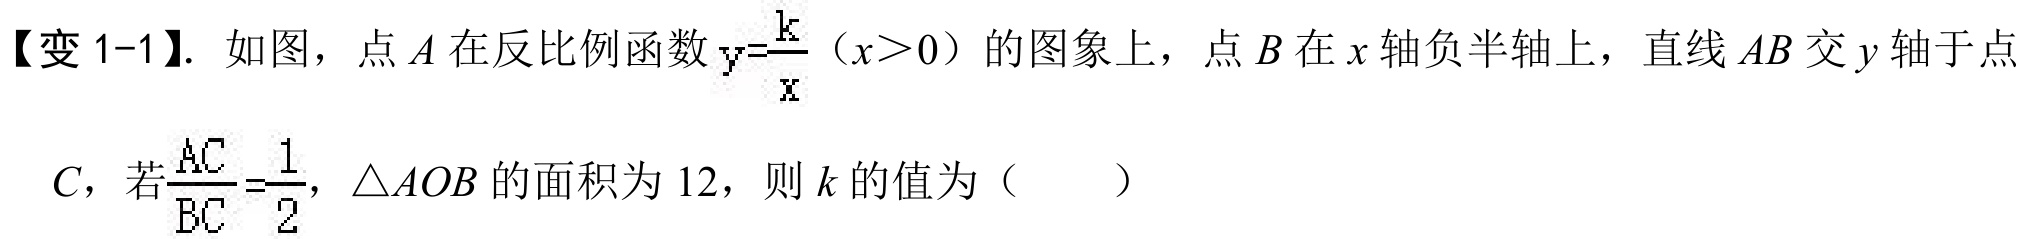
【变1-1】. 如图，点\(A\)在反比例函数\(y = \frac{k}{x}(x>0)\)的图象上，点\(B\)在\(x\)轴负半轴上，直线\(AB\)交\(y\)轴于点
\(C\)，若\(\frac{AC}{BC}=\frac{1}{2}\)，\(\triangle AOB\)的面积为\(12\)，则\(k\)的值为（  ）